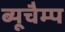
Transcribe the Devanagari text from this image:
ब्यूचैम्प